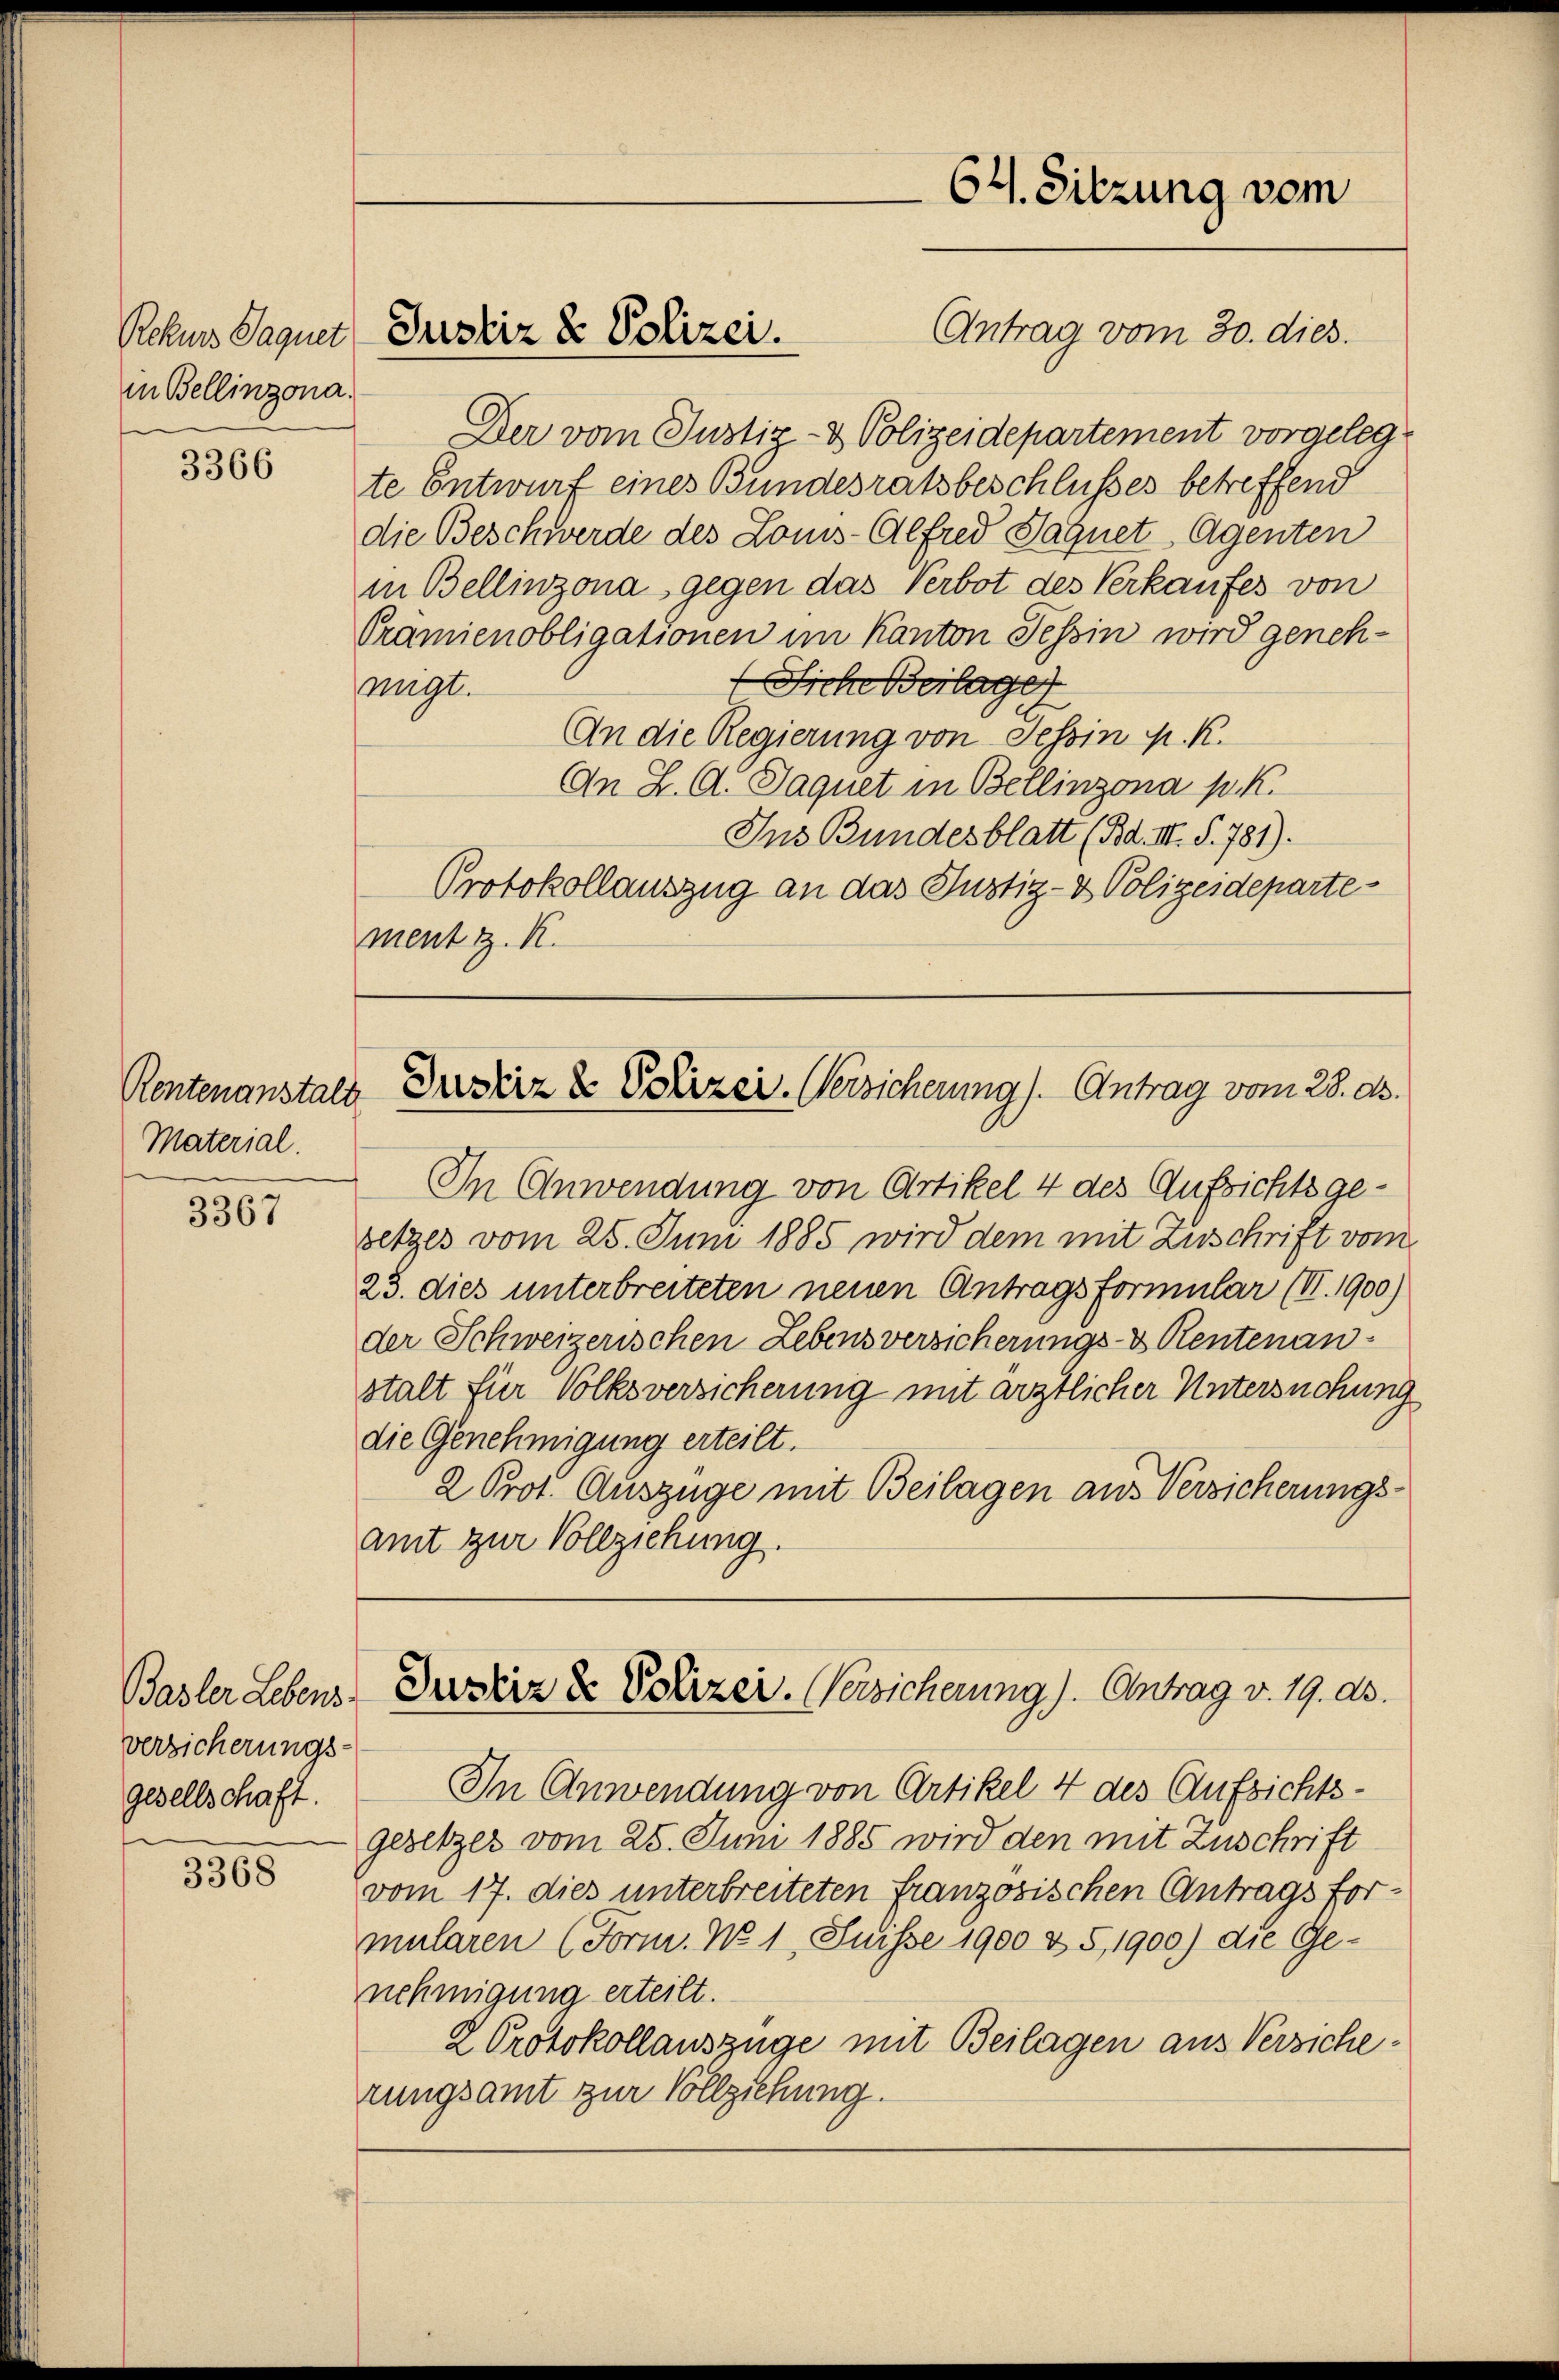
in Bellinzona.

3366

Material.

3367

Basler Lebens
versicherungs-
gesellschaft.

3368

Antrag vom 30. dies.
Der vom Justiz- & Polizeidepartement vorgelegte Entwurf eines Bundesratsbeschlusses betreffend
die Beschwerde des Louis-Alfred Sagnet Agenten
in Bellinzona gegen das Verbot des Verkaufes von
Oramienobligationen im Kanton Tessin wird geneh¬
Siche Beilage
wegt.
AAn die Regierung von Tessin K. K.
An Z. G. Saquet in Bellinzona p. K.
Ins Bundesblatt (Bd. III. §. 781).
Protokollauszug an das Justiz- & Polizeidepartement z. K.

Rchmes Saquet Justiz & Polizei.

64. Sitzung vom

Rentenanstals Drestiz & Polizei- Versicherung). Antrag vom 28. ds.

In Anwendung von Artikel 4 des Aufsichtsgesetzes vom 25. Juni 1885 wird dem mit Zuschrift vom
23. dies unterbreiteten neuen Antragsformular (II. 1900)
der Schweizerischen Lebens versicherungs- & Rentenanstalt für Volksversicherung mit ärztlicher Untersuchung
die Genehmigung erteilt.
2 Prot. Auszüge mit Beilagen aus Versicherungsamt zur Vollziehung.

Justiz & Polizei. (Versicherung). Antrag v. 19. ds.

In Anwendung von Artikel 4 des Aufsichtsgesetzes vom 25. Juni 1885 wird den mit Zuschrift
vom 17. dies unterbreiteten französischen Antragsformularen (Form. No 1, Suisse 1900 & 5, 1900) die Ge-
nehmigung erteilt.
2 Protokollauszüge mit Beilagen aus Versicherungsamt zur Vollziehung.